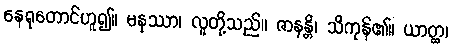
နေရုတောင်ဟူ၍။ မနုဿာ၊ လူတို့သည်။ ဇာနန္တိ၊ သိကုန်၏။ ယာတ္ထ၊